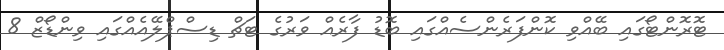
ޓޮރޮންޓޯގައި ބޭއްވި ކޮންފަރެންސެއްގައި ބޮޑު ފާރެއް ވަރުގެ ޓަޗް ޑިސްޕްލޭއެއްގައި ވިންޑޯޒް 8